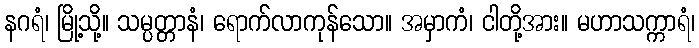
နဂရံ၊ မြို့သို့။ သမ္ပတ္တာနံ၊ ရောက်လာကုန်သော။ အမှာကံ၊ ငါတို့အား။ မဟာသက္ကာရံ၊